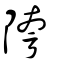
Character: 陓